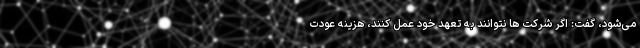
می‌شود، گفت: اگر شرکت ها نتوانند به تعهد خود عمل کنند، هزینه عودت